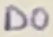
Text: D0